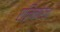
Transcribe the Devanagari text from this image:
एलिनोरचा